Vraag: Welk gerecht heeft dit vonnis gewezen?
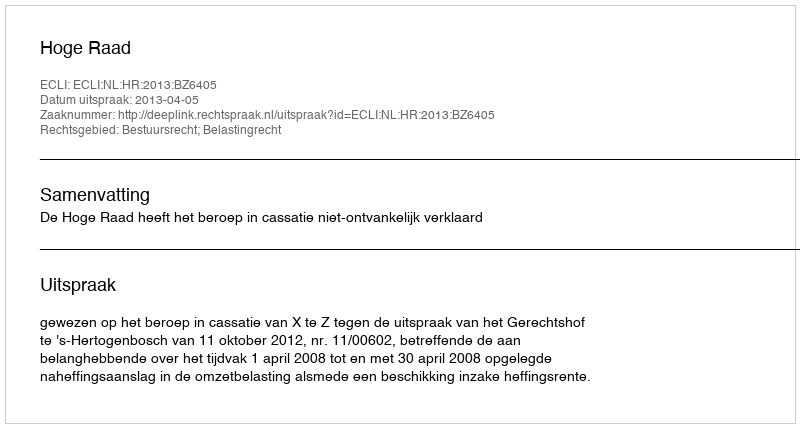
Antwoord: Hoge Raad